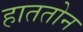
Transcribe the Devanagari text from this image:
हाततोन